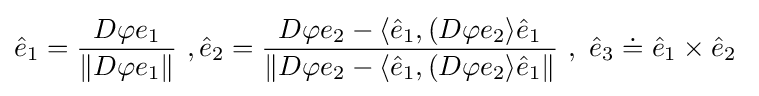
{\hat {e}}_{1}={\frac {D\varphi e_{1}}{\|D\varphi e_{1}\|}}\ ,{\hat {e}}_{2}={\frac {D\varphi e_{2}-\langle {\hat {e}}_{1},(D\varphi e_{2}\rangle {\hat {e}}_{1}}{\|D\varphi e_{2}-\langle {\hat {e}}_{1},(D\varphi e_{2}\rangle {\hat {e}}_{1}\|}}\ ,\ {\hat {e}}_{3}\doteq {\hat {e}}_{1}\times {\hat {e}}_{2}\